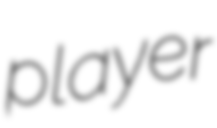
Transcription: player